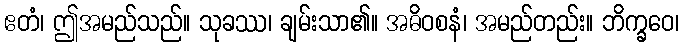
ဧတံ၊ ဤအမည်သည်။ သုခဿ၊ ချမ်းသာ၏။ အဓိဝစနံ၊ အမည်တည်း။ ဘိက္ခဝေ၊